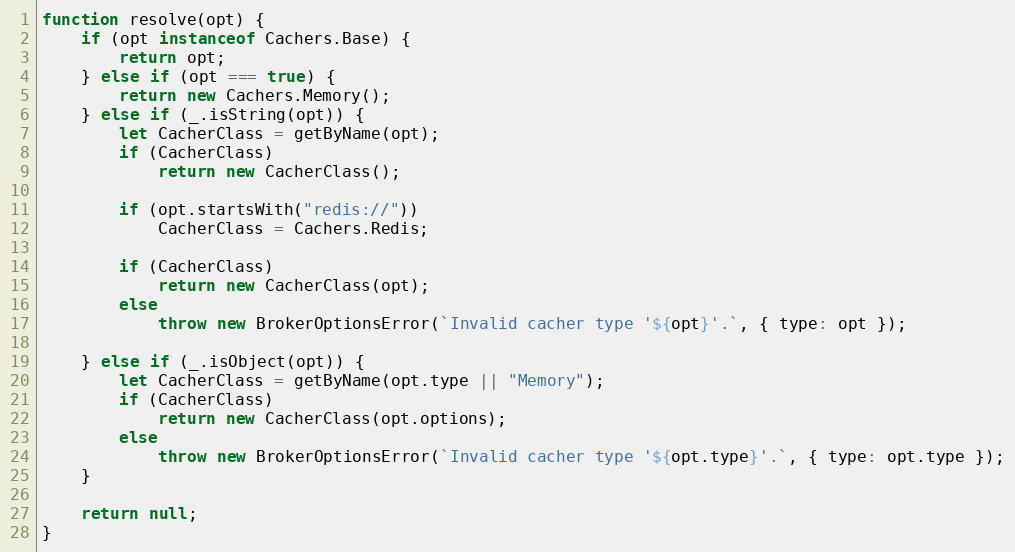
Language: JavaScript
function resolve(opt) {
	if (opt instanceof Cachers.Base) {
		return opt;
	} else if (opt === true) {
		return new Cachers.Memory();
	} else if (_.isString(opt)) {
		let CacherClass = getByName(opt);
		if (CacherClass)
			return new CacherClass();

		if (opt.startsWith("redis://"))
			CacherClass = Cachers.Redis;

		if (CacherClass)
			return new CacherClass(opt);
		else
			throw new BrokerOptionsError(`Invalid cacher type '${opt}'.`, { type: opt });

	} else if (_.isObject(opt)) {
		let CacherClass = getByName(opt.type || "Memory");
		if (CacherClass)
			return new CacherClass(opt.options);
		else
			throw new BrokerOptionsError(`Invalid cacher type '${opt.type}'.`, { type: opt.type });
	}

	return null;
}